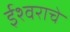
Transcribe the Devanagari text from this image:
ईश्‍वराचे